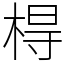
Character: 棏